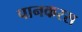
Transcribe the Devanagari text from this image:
पानकरस